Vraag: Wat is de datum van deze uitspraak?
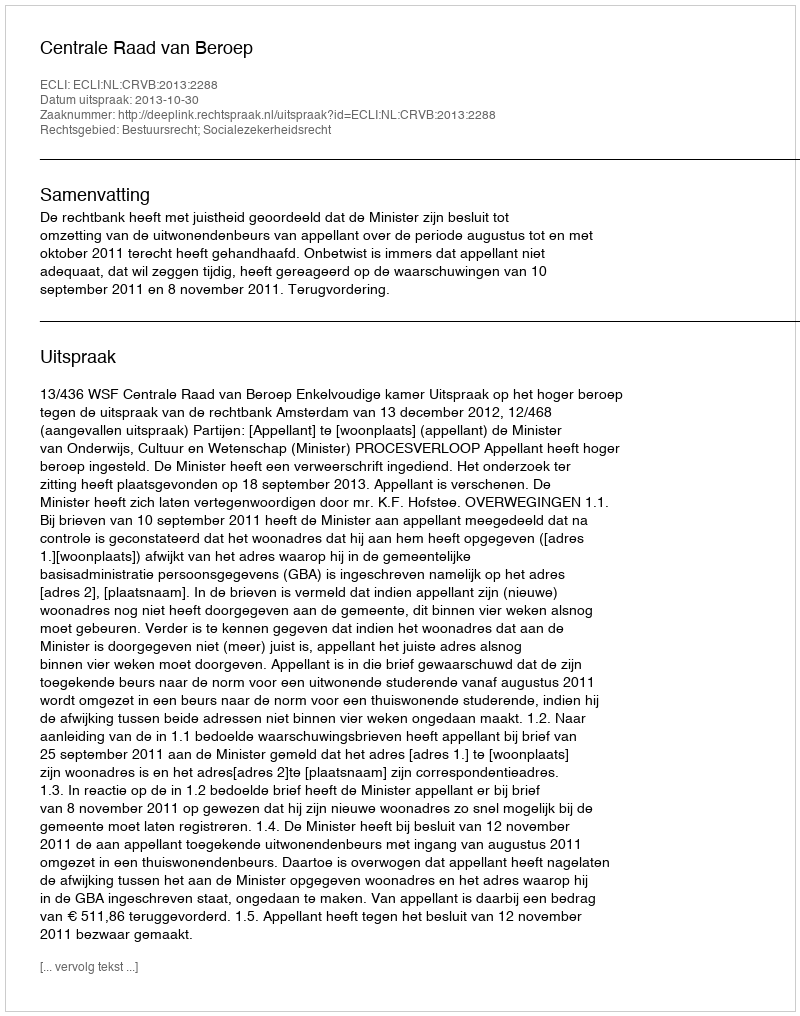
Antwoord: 2013-10-30